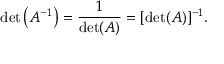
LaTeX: \operatorname* { d e t } \left( A ^ { - 1 } \right) = { \frac { 1 } { \operatorname* { d e t } ( A ) } } = [ \operatorname* { d e t } ( A ) ] ^ { - 1 } .